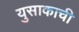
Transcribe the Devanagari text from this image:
युसाकाची